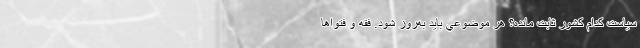
سياست کدام کشور ثابت مانده؟ هر موضوعي بايد به‌روز شود. فقه و فتوا‌ها